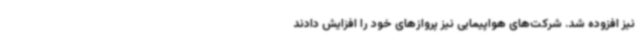
نیز افزوده شد. شرکت‌های هواپیمایی نیز پروازهای خود را افزایش دادند